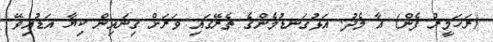
(ރަހަމީރު ފެން) އާ މެދު. އަަޅުގަނޑުމެންގެ ތެރޭގައި ވަރަށް ގިނައިން ކިޔާ އަޑުއިވޭ